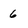
Character: 6